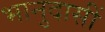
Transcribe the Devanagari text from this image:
भानुदासीं